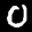
Label: 0